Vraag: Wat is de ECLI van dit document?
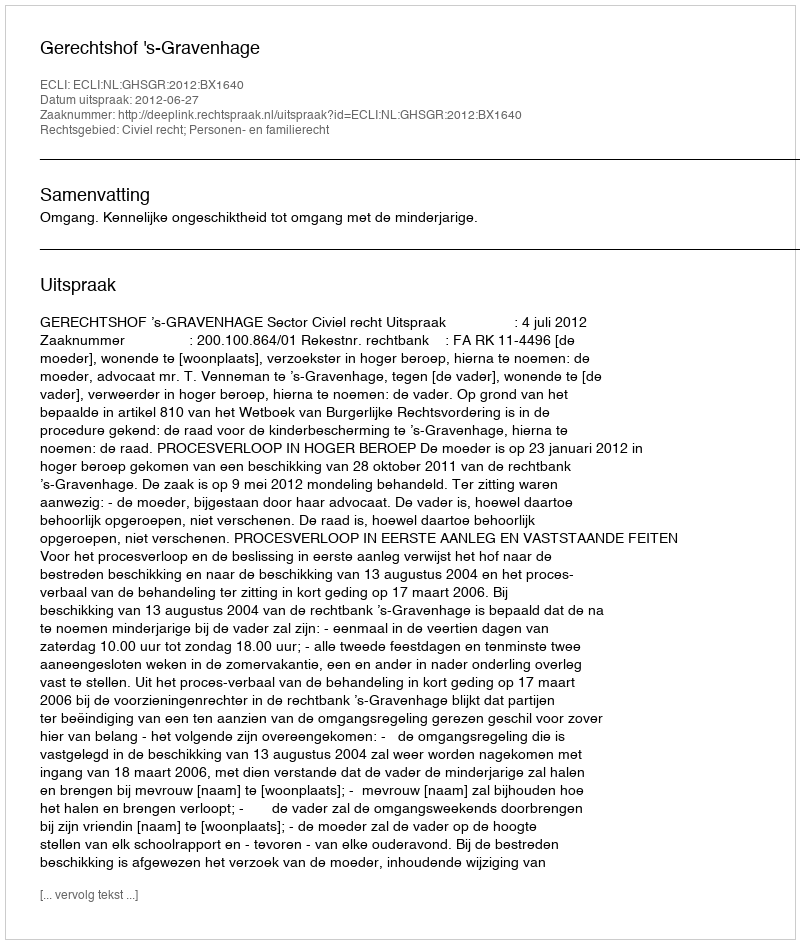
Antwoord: ECLI:NL:GHSGR:2012:BX1640